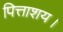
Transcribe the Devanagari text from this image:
पित्ताशय।